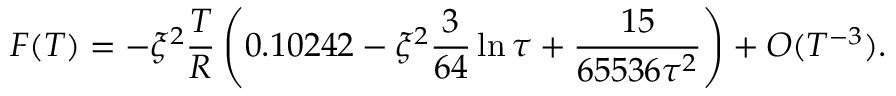
F ( T ) = - \xi ^ { 2 } \frac { T } { R } \left( 0 . 1 0 2 4 2 - \xi ^ { 2 } \frac { 3 } { 6 4 } \ln \tau + \frac { 1 5 } { 6 5 5 3 6 \tau ^ { 2 } } \right) + { \cal O } ( T ^ { - 3 } ) .